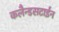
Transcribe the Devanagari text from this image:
कलैन्डसटाईन